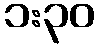
၁:၃၀